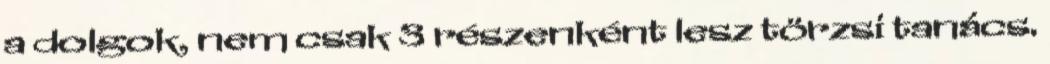
a dolgok, nem csak 3 részenként lesz törzsi tanács.